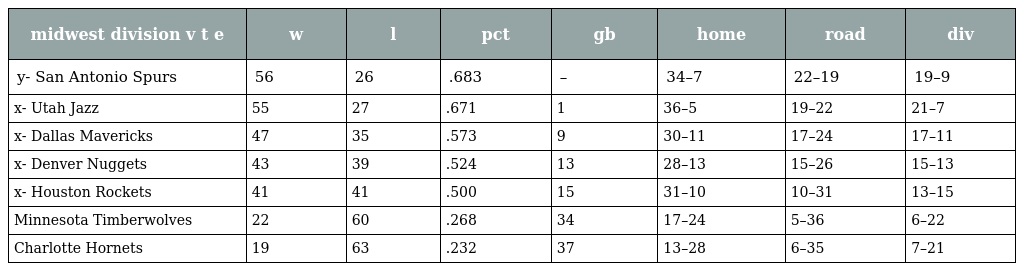
| midwest division v t e | w | l | pct | gb | home | road | div |
 | --- | --- | --- | --- | --- | --- | --- | --- |
 | y- San Antonio Spurs | 56 | 26 | .683 | – | 34–7 | 22–19 | 19–9 |
 | x- Utah Jazz | 55 | 27 | .671 | 1 | 36–5 | 19–22 | 21–7 |
 | x- Dallas Mavericks | 47 | 35 | .573 | 9 | 30–11 | 17–24 | 17–11 |
 | x- Denver Nuggets | 43 | 39 | .524 | 13 | 28–13 | 15–26 | 15–13 |
 | x- Houston Rockets | 41 | 41 | .500 | 15 | 31–10 | 10–31 | 13–15 |
 | Minnesota Timberwolves | 22 | 60 | .268 | 34 | 17–24 | 5–36 | 6–22 |
 | Charlotte Hornets | 19 | 63 | .232 | 37 | 13–28 | 6–35 | 7–21 |